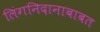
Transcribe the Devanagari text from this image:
लिंगनिदानाबाबत